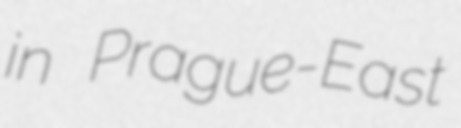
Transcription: in Prague-East